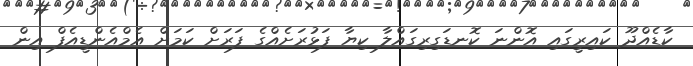
ކާޑެއްދޫ ކައިރީގައި އޮންނަ ކޮނޑަގިރިގައްލާ ކިޔާ ފަޅުރަށެއްގެ ފަރަށް ކަމަށް އެމްއެންޑީއެފް އިން